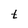
Character: t